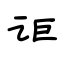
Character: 讵